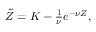
\begin{array} { r } { \tilde { Z } = K - \frac { 1 } { \nu } e ^ { - \nu Z } , } \end{array}